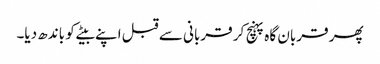
پھر قربان گاہ پہنچ کر قربانی سے قبل اپنے بیٹے کو باندھ دیا۔